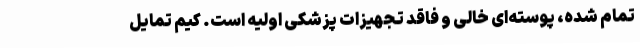
تمام شده، پوسته‌ای خالی و فاقد تجهیزات پزشکی اولیه است. کیم تمایل